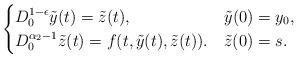
LaTeX: \begin{align*}\begin{cases}D^{1-\epsilon}_0\tilde{y}(t) = \tilde{z}(t), & \tilde{y}(0) = y_0,\\D^{\alpha_2-1}_0\tilde{z}(t) = f(t,\tilde{y}(t),\tilde{z}(t)). & \tilde{z}(0) = s.\end{cases}\end{align*}